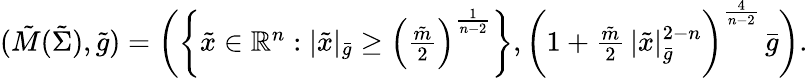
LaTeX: \begin{array}{r}{(\tilde{M}(\tilde{\Sigma}),\tilde{g})=\bigg(\bigg\{ \tilde{x}\in\mathbb{R}^{n}:|\tilde{x}|_{\bar{g}}\geq\left(\frac{\tilde{m}}{2}\right)^{\frac{1}{n-2}}\bigg\} ,\bigg(1+\frac{\tilde{m}}{2}\, |\tilde{x}|_{\bar{g}}^{2-n}\bigg)^{\frac{4}{n-2}}\, \bar{g}\bigg).}\end{array}